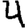
Digit: 4